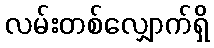
လမ်းတစ်လျှောက်ရှိ